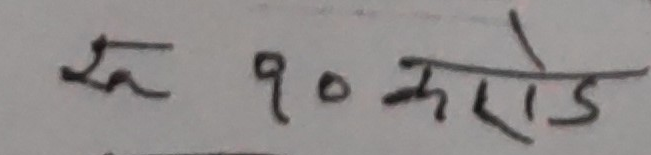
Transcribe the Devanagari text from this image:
रु ९० करोड